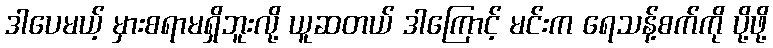
ဒါပေမယ့် မှားစရာမရှိဘူးလို့ ယူဆတယ် ဒါကြောင့် မင်းက ရေသန့်စက်ကို ပို့ဖို့